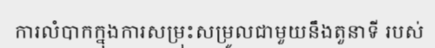
ការលំបាកក្នុងការសម្រុះសម្រូលជាមួយនឹងតួនាទី របស់